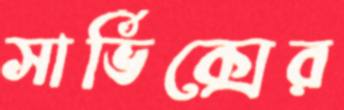
সার্ভিক্সের